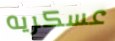
عسكريه